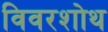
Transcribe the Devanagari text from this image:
विवरशोथ